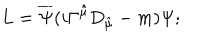
LaTeX: L = \overline { { { \Psi } } } ( i \Gamma \hat { ^ { \mu } } D _ { \hat { \mu } } - m ) \Psi ;